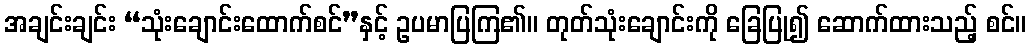
အချင်းချင်း “သုံးချောင်းထောက်စင်”နှင့် ဥပမာပြကြ၏။ တုတ်သုံးချောင်းကို ခြေပြု၍ ဆောက်ထားသည့် စင်။